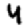
Digit: 4